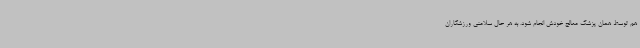
هم توسط همان پزشک معالج خودش انجام شود. به هر حال سلامتی ورزشکاران